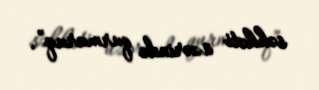
səhhəti üzərində qurmuruq”.